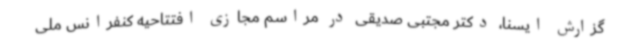
گزارش ایسنا، دکتر مجتبی صدیقی در مراسم مجازی افتتاحیه کنفرانس ملی